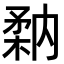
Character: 𥍲